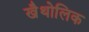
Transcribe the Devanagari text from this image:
खैथोलिक